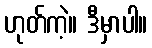
ဟုတ်ကဲ့။ ဒီမှာပါ။